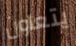
يتعاون